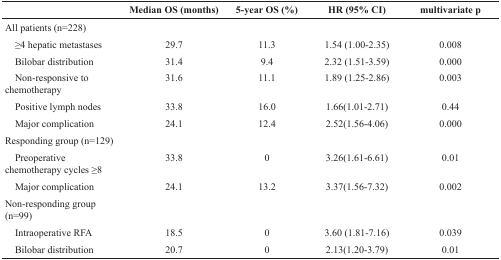
<table><thead><tr><td></td><td><b>Median OS (months)</b></td><td><b>5-year OS (%)</b></td><td><b>HR (95% CI)</b></td><td><b>multivariate p</b></td></tr></thead><tbody><tr><td>All patients (n=228)</td><td></td><td></td><td></td><td></td></tr><tr><td> ≥4 hepatic metastases</td><td>29.7</td><td>11.3</td><td>1.54 (1.00-2.35)</td><td>0.008</td></tr><tr><td> Bilobar distribution</td><td>31.4</td><td>9.4</td><td>2.32 (1.51-3.59)</td><td>0.000</td></tr><tr><td> Non-responsive to chemotherapy</td><td>31.6</td><td>11.1</td><td>1.89 (1.25-2.86)</td><td>0.003</td></tr><tr><td> Positive lymph nodes</td><td>33.8</td><td>16.0</td><td>1.66(1.01-2.71)</td><td>0.44</td></tr><tr><td> Major complication</td><td>24.1</td><td>12.4</td><td>2.52(1.56-4.06)</td><td>0.000</td></tr><tr><td>Responding group (n=129)</td><td></td><td></td><td></td><td></td></tr><tr><td> Preoperative chemotherapy cycles ≥8</td><td>33.8</td><td>0</td><td>3.26(1.61-6.61)</td><td>0.01</td></tr><tr><td> Major complication</td><td>24.1</td><td>13.2</td><td>3.37(1.56-7.32)</td><td>0.002</td></tr><tr><td>Non-responding group (n=99)</td><td></td><td></td><td></td><td></td></tr><tr><td> Intraoperative RFA</td><td>18.5</td><td>0</td><td>3.60 (1.81-7.16)</td><td>0.039</td></tr><tr><td> Bilobar distribution</td><td>20.7</td><td>0</td><td>2.13(1.20-3.79)</td><td>0.01</td></tr></tbody></table>